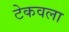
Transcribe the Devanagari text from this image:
टेकवला